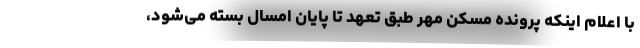
با اعلام اینکه پرونده مسکن مهر طبق تعهد تا پایان امسال بسته می‌شود،